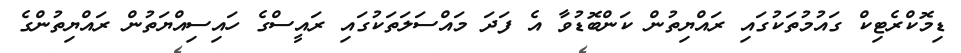
ޑިމޮކްރެޓިކް ގައުމުތަކުގައި ރައްޔިތުން ކަންބޮޑުވާ އެ ފަދަ މައްސަލަތަކުގައި ރައީސްގެ ހައިސިއްޔަތުން ރައްޔިތުންގެ